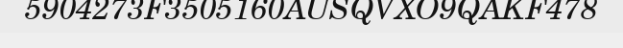
5904273F3505160AUSQVXO9QAKF478